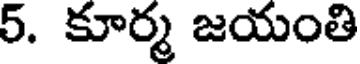
5. కూర్మ జయంతి